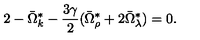
2 - \bar { \Omega } _ { k } ^ { \ast } - \frac { 3 \gamma } { 2 } ( \bar { \Omega } _ { \rho } ^ { \ast } + 2 \bar { \Omega } _ { \lambda } ^ { \ast } ) = 0 .